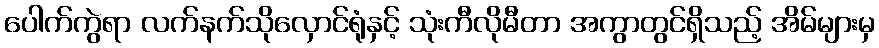
ပေါက်ကွဲရာ လက်နက်သိုလှောင်ရုံနှင့် သုံးကီလိုမီတာ အကွာတွင်ရှိသည့် အိမ်များမှ